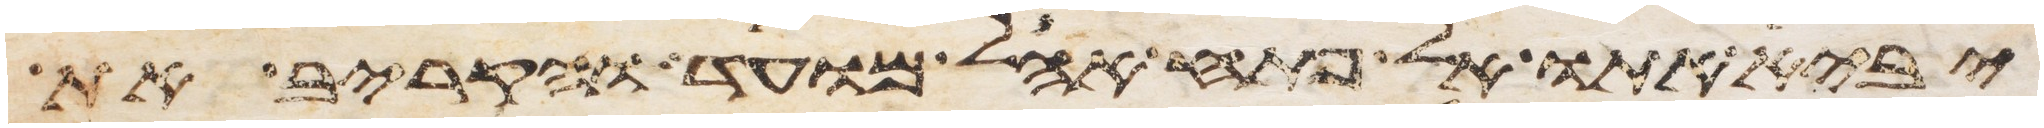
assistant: יביא אתו אל פתח אהל מועד והקריב את